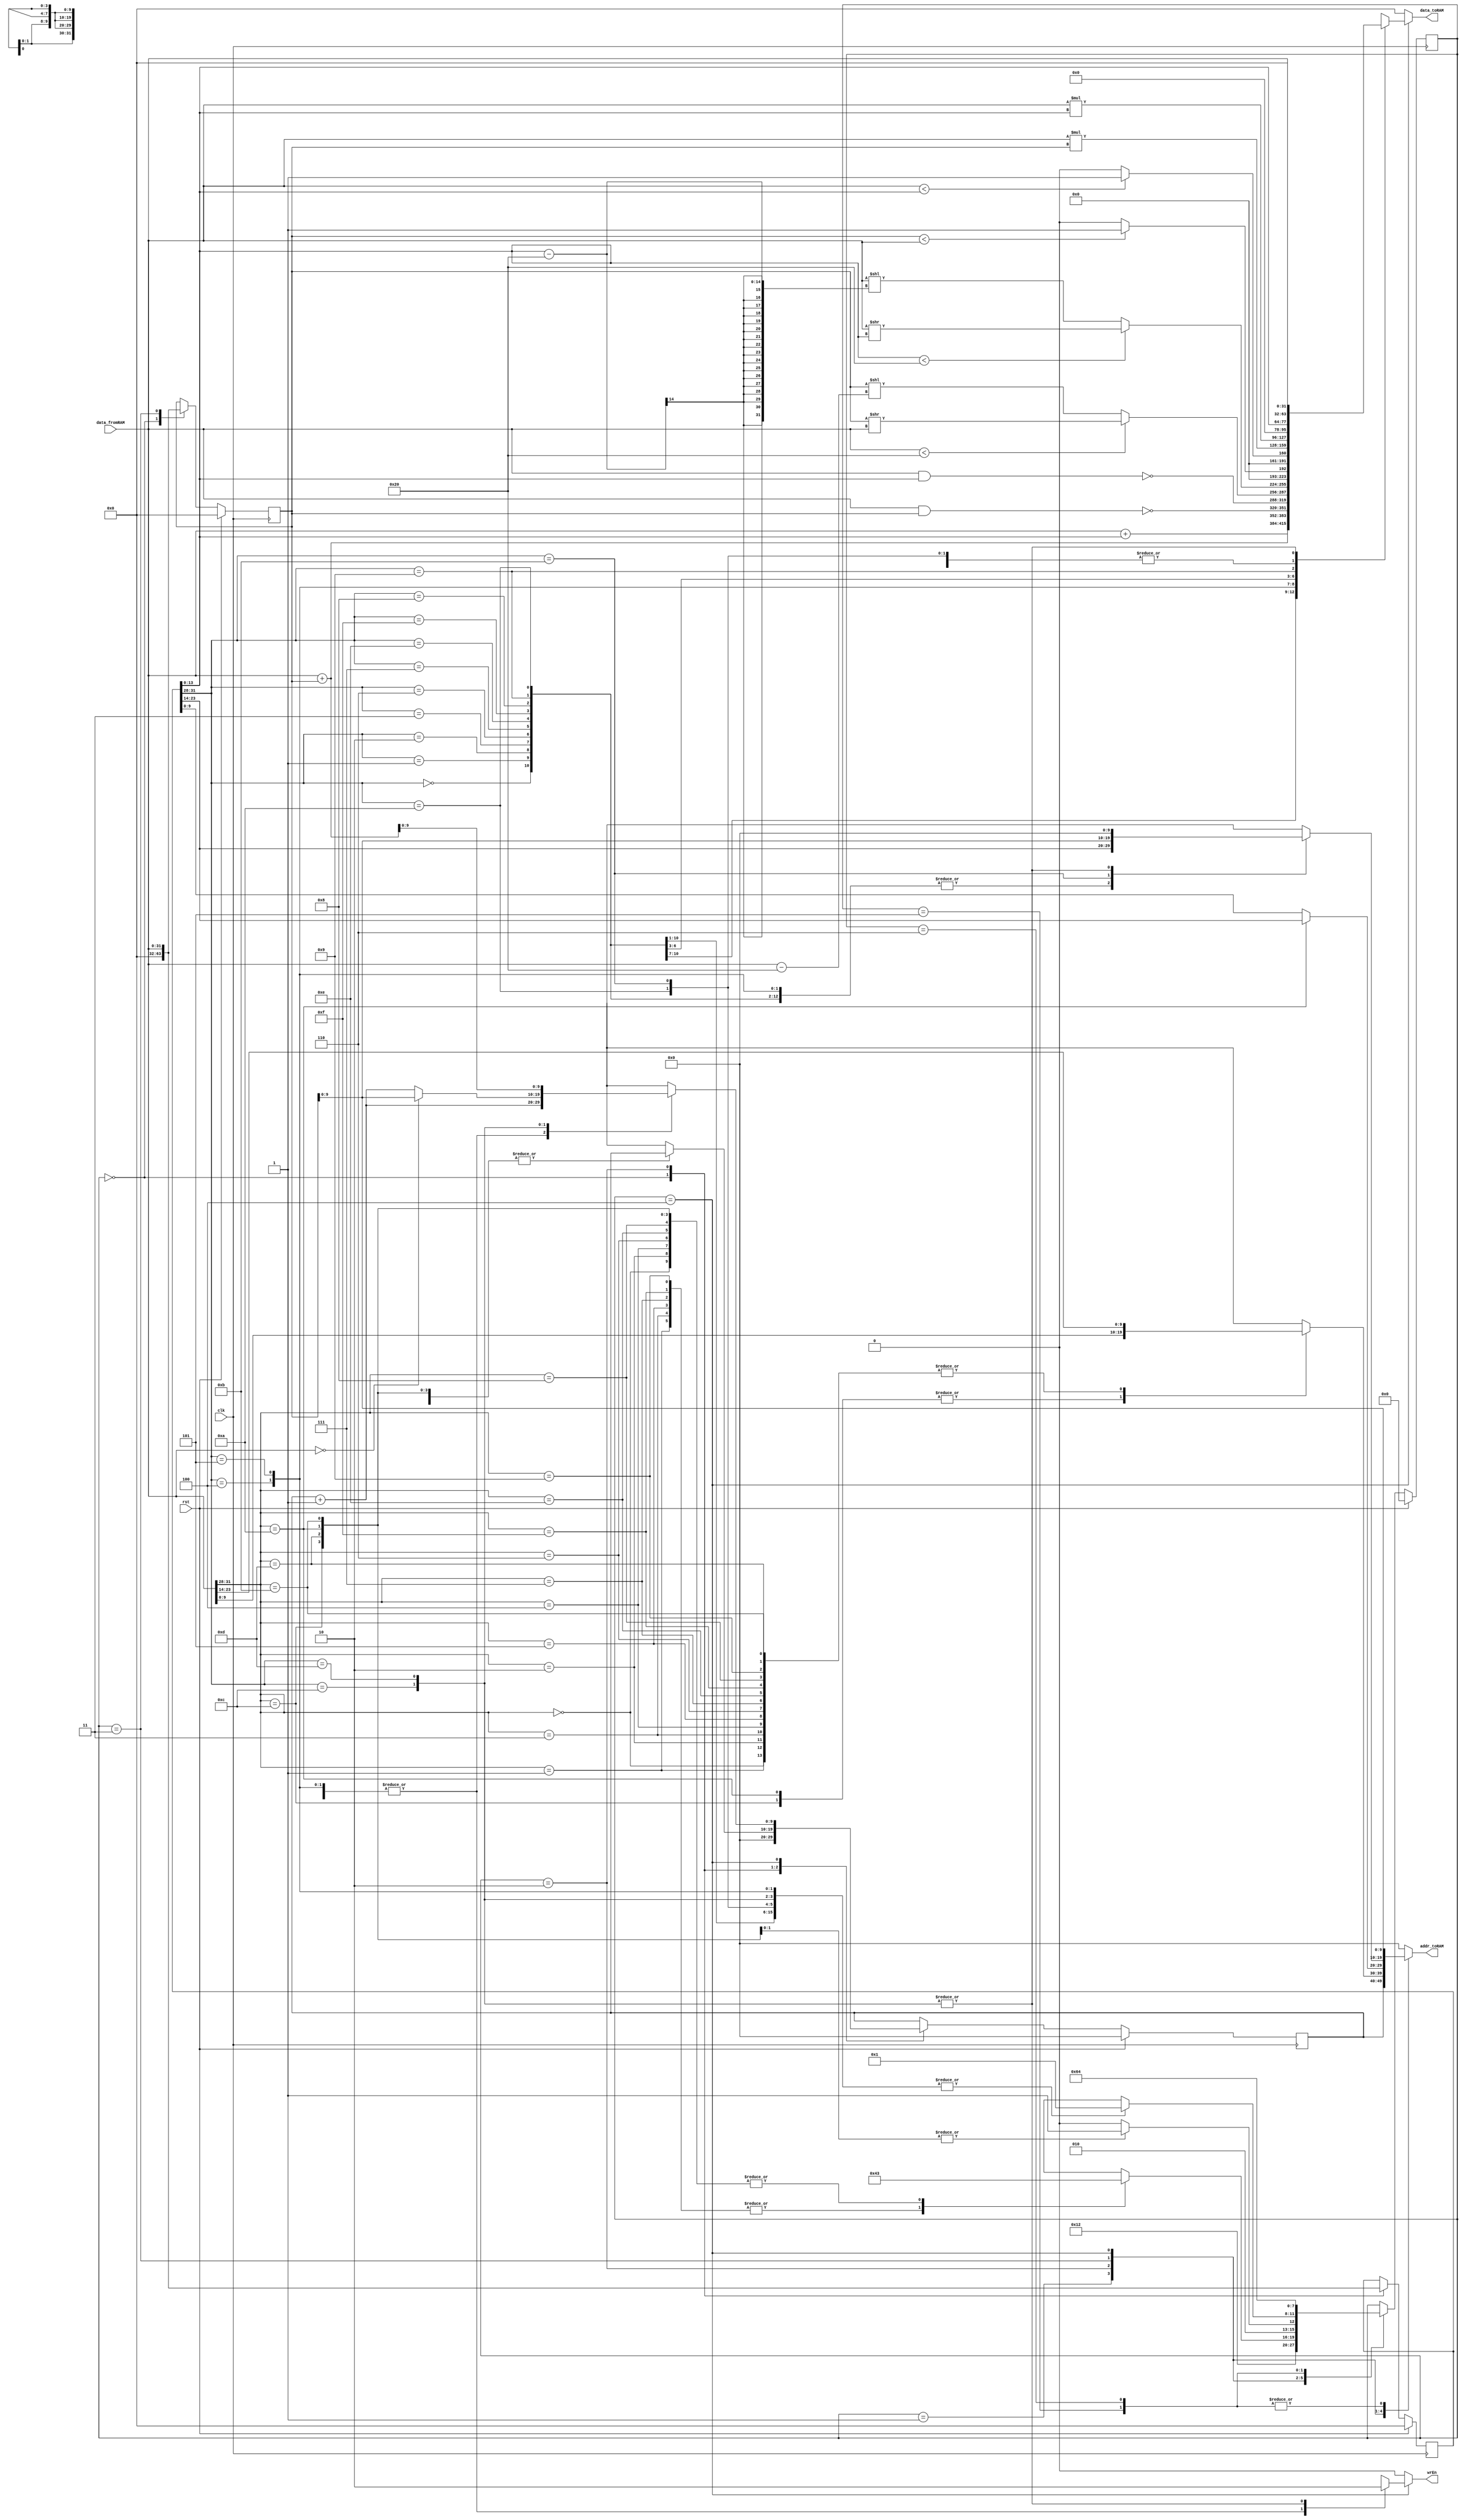

module SimpleCPU(clk, rst, data_fromRAM, wrEn, addr_toRAM, data_toRAM);

parameter SIZE = 10;

input clk, rst;
input wire [31:0] data_fromRAM;
output reg wrEn;
output reg [SIZE-1:0] addr_toRAM;
output reg [31:0] data_toRAM;

//////////////////////////
// write your design here
reg [3:0] state_current, state_next;
reg [SIZE-1:0] pc_current, pc_next; //program counter
reg [31:0] iw_current, iw_next; //instruction word
reg [31:0] r1_current, r1_next;
reg [31:0] r2_current, r2_next;

//controller state machine
always@(posedge clk) begin
	if(rst) begin
		state_current <= 0;
		pc_current <= 10'b0;
		iw_current <= 32'b0;
		r1_current <= 32'b0;
		r2_current <= 32'b0;
	end		
	else begin
		state_current <= state_next;
		pc_current <= pc_next;
		iw_current <= iw_next;
		r1_current <= r1_next;
		r2_current <= r2_next;
	end
end

always@(*) begin
	state_next						 = state_current;
	pc_next							 = pc_current;
	iw_next							 = iw_current;
	r1_next							 = r1_current;
	r2_next							 = r2_current;
	wrEn								 = 0;
	addr_toRAM						 = 0;
	data_toRAM						 = 0;
	case(state_current)
		0: begin
			pc_next					 = 0;
			iw_next					 = 0;
			r1_next					 = 0;
			r2_next					 = 0;
			state_next				 = 1;
		end
		1: begin //inst reading
			addr_toRAM				 = pc_current;
			state_next			 	 = 2;
		end
		2: begin //inst decoding and sending the addr of the first operand
			iw_next = data_fromRAM;
			case (data_fromRAM[31:28])
				{3'b000, 1'b0}: begin
					addr_toRAM		 = data_fromRAM[27:14];
					state_next		 = 3;
				end
				{3'b000, 1'b1}: begin
					addr_toRAM		 = data_fromRAM[27:14];
					state_next		 = 4;
				end
				
				{3'b001, 1'b0}: begin
					addr_toRAM = data_fromRAM[27:14];
					state_next = 3;
				end
				{3'b001, 1'b1}: begin
					addr_toRAM = data_fromRAM[27:14];
					state_next = 4;
				end
				
				{3'b010, 1'b0}: begin
					addr_toRAM = data_fromRAM[27:14];
					state_next = 3;
				end
				{3'b010, 1'b1}: begin
					addr_toRAM = data_fromRAM[27:14];
					state_next = 4;
				end
				
				{3'b011, 1'b0}: begin
					addr_toRAM = data_fromRAM[27:14];
					state_next = 3;
				end
				{3'b011, 1'b1}: begin
					addr_toRAM = data_fromRAM[27:14];
					state_next = 4;
				end
				
				{3'b111, 1'b0}: begin
					addr_toRAM		 = data_fromRAM[27:14];
					state_next		 = 3;
				end
				{3'b111, 1'b1}: begin
					addr_toRAM		 = data_fromRAM[27:14];
					state_next		 = 4;
				end
				
				{3'b100, 1'b0}: begin
					addr_toRAM = data_fromRAM[27:14];
					state_next = 3;
				end
				{3'b100, 1'b1}: begin
					addr_toRAM = data_fromRAM[27:14];
					state_next = 4;
				end
				
				{3'b101, 1'b0}: begin
					addr_toRAM = data_fromRAM[13:0];
					state_next = 3;
				end
				{3'b101, 1'b1}: begin
					addr_toRAM = data_fromRAM[27:14];
					state_next = 3;
				end
				
				{3'b110, 1'b0}: begin
					addr_toRAM = data_fromRAM[13:0];
					state_next = 3;
				end
				{3'b110, 1'b1}: begin
					addr_toRAM = data_fromRAM[27:14];
					state_next = 3;
				end
				
				default: begin
					pc_next 			 = pc_current + 1'b1;
					state_next		 = 1;
				end
			endcase
		end
		3: begin //storing the first operand and reading the second operand
			case (data_fromRAM[31:28])
				{3'b101, 1'b0}: begin
					r1_next					 = data_fromRAM;		
					addr_toRAM				 = iw_current[27:14];
					state_next				 = 5;
				end
				{3'b101, 1'b1}: begin
					r1_next					 = data_fromRAM;
					addr_toRAM				 = iw_current[13:0];
					state_next				 = 5;
				end
				default: begin
					addr_toRAM				 = iw_current[13:0];
					r1_next 					 = data_fromRAM;
					state_next				 = 4;
				end
			endcase
		end
		4: begin //execution of the operation and storing its result
			case(iw_current[31:28])
				//ADD
				{3'b000, 1'b0}: begin
					wrEn				 = 1;
					data_toRAM		 = data_fromRAM + r1_current;
					addr_toRAM		 = iw_current[27:14];
					pc_next			 = pc_current + 1;
					state_next		 = 1; //if we return to 0, it cycles ~400times(?) and it causes sama say errs len mq
				end
				{3'b000, 1'b1}: begin
					wrEn = 1;
					data_toRAM = data_fromRAM + iw_current[13:0];
					addr_toRAM = iw_current[27:14];
					pc_next = pc_current + 1;
					state_next = 1;
				end
				
				//NAND
				{3'b001, 1'b0}: begin
					wrEn = 1;
					data_toRAM = ~(data_fromRAM & r1_current);
					addr_toRAM = iw_current[27:14];
					pc_next = pc_current + 1;
					state_next = 1;
				end
				{3'b001, 1'b1}: begin
					wrEn = 1;
					data_toRAM = ~(data_fromRAM & iw_current[13:0]);
					addr_toRAM = iw_current[27:14];
					pc_next = pc_current + 1;
					state_next = 1;
				end
				
				//SRL
				{3'b010, 1'b0}: begin
					wrEn = 1;
					if (data_fromRAM < 32) begin
						data_toRAM = r1_current >> data_fromRAM;
					end
					else begin
						data_toRAM = r1_current << (data_fromRAM - 32);
					end
					addr_toRAM = iw_current[27:14];
					pc_next = pc_current + 1;
					state_next = 1;
				end
				{3'b010, 1'b1}: begin
					wrEn = 1;
					if (iw_current[13:0] < 32) begin
						data_toRAM = data_fromRAM >> iw_current[13:0];
					end
					else begin
						data_toRAM = data_fromRAM << (iw_current[13:0] - 32);
					end
					addr_toRAM = iw_current[27:14];
					pc_next = pc_current + 1;
					state_next = 1;
				end
				
				//LT
				{3'b011, 1'b0}: begin
					wrEn = 1;
					if (r1_current < data_fromRAM) begin
						data_toRAM = 1;
					end
					else begin
						data_toRAM = 0;
					end
					addr_toRAM = iw_current[27:14];
					pc_next = pc_current + 1;
					state_next = 1;
				end
				{3'b011, 1'b1}: begin
					wrEn = 1;
					if (data_fromRAM < iw_current[13:0]) begin
						data_toRAM = 1;
					end
					else begin
						data_toRAM = 0;
					end
					addr_toRAM = iw_current[27:14];
					pc_next = pc_current + 1;
					state_next = 1;
				end
				
				//MUL
				{3'b111, 1'b0}: begin
					wrEn				 = 1;
					data_toRAM		 = data_fromRAM * r1_current;
					addr_toRAM		 = iw_current[27:14];
					pc_next			 = pc_current + 1;
					state_next		 = 1;
				end
				{3'b111, 1'b1}: begin
					wrEn = 1;
					data_toRAM = data_fromRAM * iw_current[13:0];
					addr_toRAM = iw_current[27:14];
					pc_next = pc_current + 1;
					state_next = 1;
				end
				
				//CP
				{3'b100, 1'b0}: begin
					wrEn = 1;
					data_toRAM = data_fromRAM;
					addr_toRAM = iw_current[27:14];
					pc_next = pc_current + 1;
					state_next = 1;
				end
				{3'b100, 1'b1}: begin
					wrEn = 1;
					data_toRAM = iw_current[13:0];
					addr_toRAM = iw_current[27:14];
					pc_next = pc_current + 1;
					state_next = 1;
				end
				
				//CPI
				{3'b101, 1'b0}: begin
					wrEn = 1;
					data_toRAM = data_fromRAM;
					addr_toRAM = iw_current[27:14];
					pc_next = pc_current + 1;
					state_next = 1;
				end
				{3'b101, 1'b1}: begin
					wrEn = 1;
					data_toRAM = data_fromRAM;
					addr_toRAM = r1_current; //iw_current[27:14];
					pc_next = pc_current + 1;
					state_next = 1;
				end
				
				//BRANCH
				{3'b110, 1'b0}: begin
					if (data_fromRAM == 0) begin
						pc_next = r1_current;
					end
					else begin
						pc_next = pc_current + 1;
					end
					state_next = 1;
				end
				{3'b110, 1'b1}: begin
					pc_next = r1_current + data_fromRAM;
					state_next = 1;
				end
				
			endcase
		end
		
		5: begin
			r2_next					 = data_fromRAM; //r1=b*, r2=a*(0)	|| r1 = a*, r2 = b*(1)
			addr_toRAM				 = r1_current;
			state_next				 = 6;
		end
		
		6: begin
			addr_toRAM 				= r1_current;
			state_next 				= 4;
		end
		
	endcase
end
//////////////////////////

endmodule

module blram(clk, rst, i_we, i_addr, i_ram_data_in, o_ram_data_out);

parameter SIZE = 10, DEPTH = 1024;

input clk;
input rst;
input i_we;
input [SIZE-1:0] i_addr;
input [31:0] i_ram_data_in;
output reg [31:0] o_ram_data_out;

reg [31:0] memory[0:DEPTH-1];

always @(posedge clk) begin
  o_ram_data_out <= #1 memory[i_addr[SIZE-1:0]];
  if (i_we)
		memory[i_addr[SIZE-1:0]] <= #1 i_ram_data_in;
end 

initial begin
//////////////////////////
// write BRAM content here
memory[0] = 32'h20114045;
memory[1] = 32'h10114001;
memory[2] = 32'hb0118064;
memory[3] = 32'h190045;
memory[4] = 32'h8011c064;
memory[5] = 32'h7011c001;
memory[6] = 32'h10118001;
memory[7] = 32'hc0120047;
memory[8] = 32'h118045;
memory[9] = 32'ha0128046;
memory[10] = 32'h8012c046;
memory[11] = 32'h12c045;
memory[12] = 32'ha013004b;
memory[13] = 32'he013004a;
memory[14] = 32'h8012804c;
memory[15] = 32'h8013404b;
memory[16] = 32'h701343e9;
memory[17] = 32'hc012404d;
memory[18] = 32'h8019404c;
memory[19] = 32'hd0050013;
memory[20] = 32'h0;
memory[69] = 32'h1;
memory[70] = 32'h3e8;
memory[72] = 32'h2;
memory[73] = 32'hb;
memory[76] = 32'h0;//EKSIKTI?
memory[100] = 32'h6;
memory[101] = 32'h0;
memory[999] = 32'h1;

//////////////////////////
end

endmodule